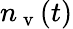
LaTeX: n_{\mathrm{~v~}}(t)